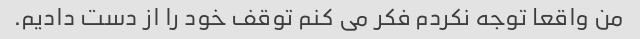
من واقعا توجه نکردم فکر می کنم توقف خود را از دست دادیم.